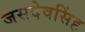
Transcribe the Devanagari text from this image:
जसदेवसिंह